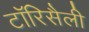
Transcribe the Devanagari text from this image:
टॉरिसैली